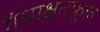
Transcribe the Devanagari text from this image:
गंधाक्षतफूल